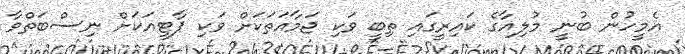
އެމީހުން ބުނީ މުލިއާގެ ކައިރީގައި ތިބީ ވަކި ޖަމާއަތަކަށް ވަކި ޕާޓީއަކަށް ނިސްބަތްވާ